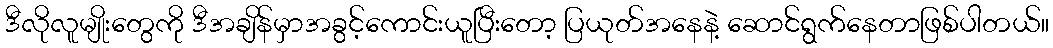
ဒီလိုလူမျိုးတွေကို ဒီအချိန်မှာအခွင့်ကောင်းယူပြီးတော့ ပြယုတ်အနေနဲ့ ဆောင်ရွက်နေတာဖြစ်ပါတယ်။